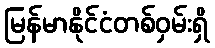
မြန်မာနိုင်ငံတစ်ဝှမ်းရှိ